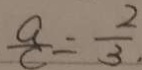
\frac { a } { c } = \frac { 2 } { 3 } .